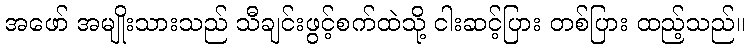
အဖော် အမျိုးသားသည် သီချင်းဖွင့်စက်ထဲသို့ ငါးဆင့်ပြား တစ်ပြား ထည့်သည်။